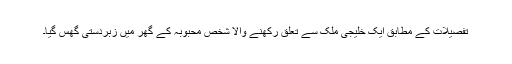
تفصیلات کے مطابق ایک خلیجی ملک سے تعلق رکھنے والا شخص محبوبہ کے گھر میں زبردستی گھُس گیا۔